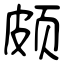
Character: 颇